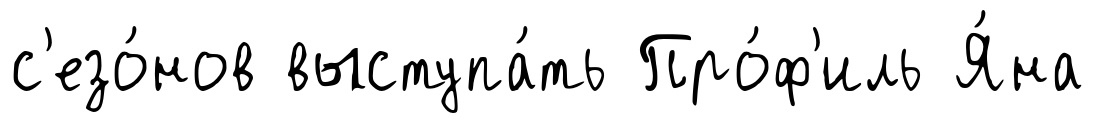
с'езо́нов выступа́ть Про́ф'иль Я́на